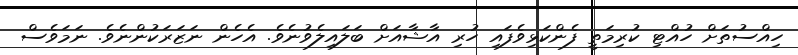
ހިއްސުތަށް ހުއްޓި ކުރިމަތީ ފެންކަޅިވެފައި ހުރި އާޝާއަށް ބަލައިލެވުނެވެ. އެހެން ނަޒަރަކުންނެވެ. ނަމަވެސް